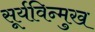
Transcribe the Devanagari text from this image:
सूर्यविन्मुख